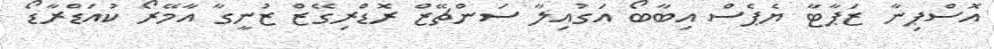
އޮސްޕިނާ ޒަޕާޓާ ޔެޕެސް އިބާބޯ އަގުއިލާ ސަންޗޭޒް ރޮޑްރިގޭޒް ޒުނީގާ އާމޭރޯ ކުއަޑްރާޑޯ